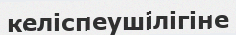
келіспеушілігіне